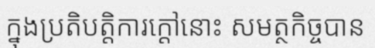
ក្នុងប្រតិបត្តិការក្តៅនោះ សមត្ថកិច្ចបាន